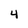
Character: 4